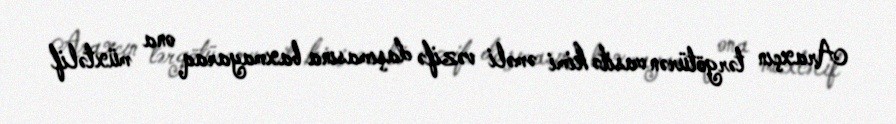
Araxçın tərgötürən vasitə kimi əməli vəzifə daşımasına baxmayaraq ona müxtəlif